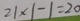
2 1 \times 1 - 1 = 2 0